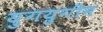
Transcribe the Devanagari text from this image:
युगयुगीन